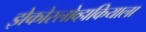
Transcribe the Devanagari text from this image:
झेकोस्लोव्हाकियाला